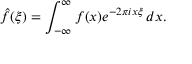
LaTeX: { \hat { f } } ( \xi ) = \int _ { - \infty } ^ { \infty } f ( x ) e ^ { - 2 \pi i x \xi } \, d x .